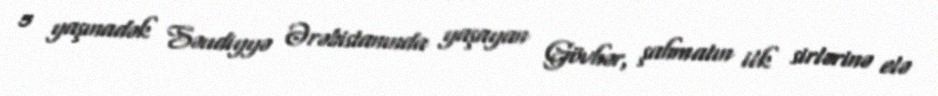
5 yaşınadək Səudiyyə Ərəbistanında yaşayan Gövhər, şahmatın ilk sirlərinə elə